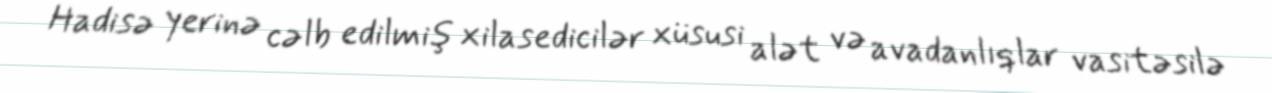
Hadisə yerinə cəlb edilmiş xilasedicilər xüsusi alət və avadanlıqlar vasitəsilə